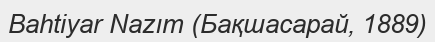
Bahtiyar Nazım (Бақшасарай, 1889)